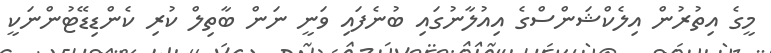
މީގެ އިތުރުން އިލެކްޝަންސްގެ އިއުލާނުގައި ބުނެފައި ވަނީ ނަން ބާތިލް ކުރި ކެންޑިޑޭޓުންނަކީ